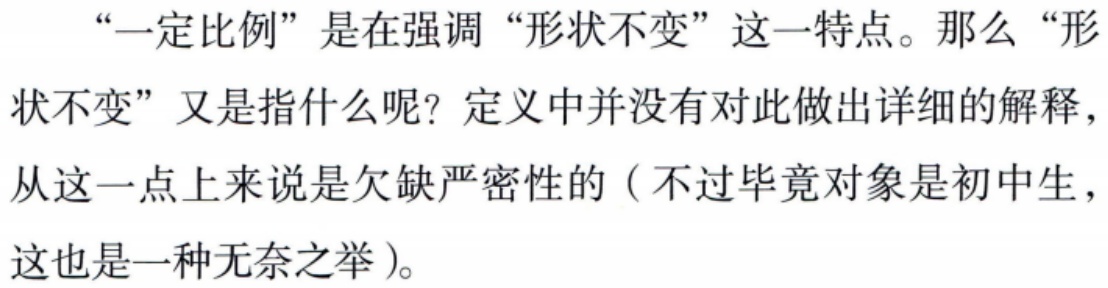
“一定比例”是在强调“形状不变”这一特点。那么“形状不变”又是指什么呢？定义中并没有对此做出详细的解释，从这一点上来说是欠缺严密性的（不过毕竟对象是初中生，这也是一种无奈之举）。